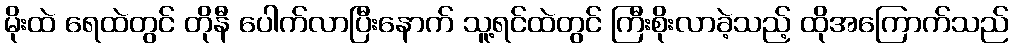
မိုးထဲ ရေထဲတွင် တိုနီ ပေါက်လာပြီးနောက် သူ့ရင်ထဲတွင် ကြီးစိုးလာခဲ့သည့် ထိုအကြောက်သည်